Vital statistics of India. Vol. IV, Annual returns from 1871 to 1876. British Army of India, Native Army and jails of Bengal
Year: 1871
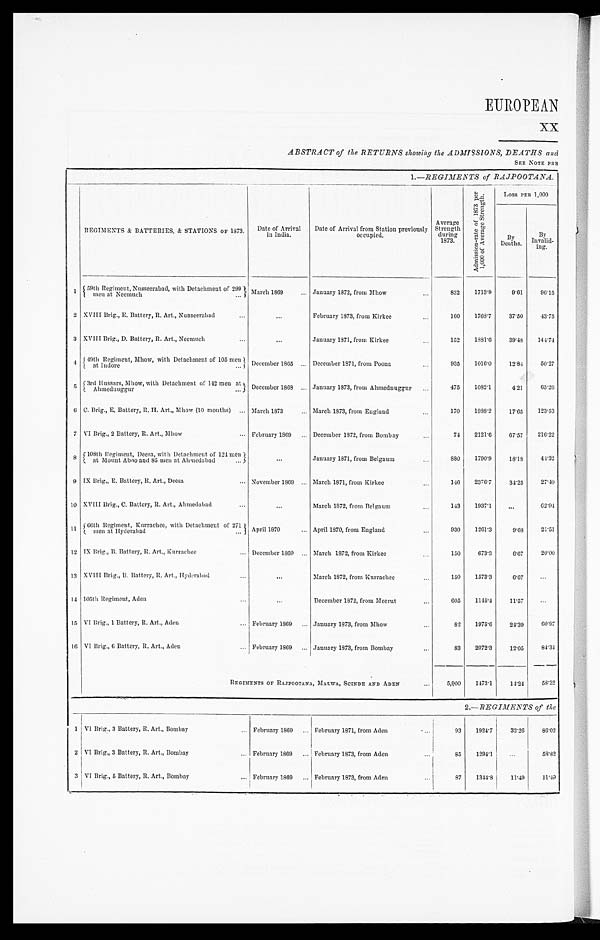
EUROPEAN XX
ABSTRACT of the RETURNS showing the ADMISSIONS, DEATHS and
SEE NOTE PRE
1.— REGIMENTS of RAJPOOTANA .
REGIMENTS & BATTERIES, & STATIONS OF 1873.
Date of Arrival
in India.
Date of Arrival from Station previously
occupied.
Average
Strength d u r i n g
1873.
A d m i s s i o n - r a t e o f 1 8 7 3 p e r 1 , 0 0 0 o f A v e r a g e S t r e n g t h .
LOSS PER 1,000
B y
Deaths.
By
Invali d - i n g .
1 59th Regiment, Nusseerabad, with Detachment of 299
m e n a t N e e m u c h . . .
March 1869 . . . January 1872, from Mhow . . .
832
1713.9
9.61
96.15
2 XVIII Brig., E. Battery , R. Art., Nusseerabad . . .
. . .
February 1873, from Kirkee . . .
160
1768.7
37.50
43.75
3 XVIII Brig., D. Battery, R. Art., Neemuch . . .
. . .
January 1871, from Kirkee . . .
152
1881.6
39.48
144.74
4 49th Regiment, Mhow, with Detachment of 105 men at Indore . . . December 1865 . . .
December 1871, from Poona . . .
935
1016.0
12.84
50.27
53rd Hussars, Mhow, with Detachment of 142 men at
Ahmednuggur . . .
December 1868 . . .
January 1873, from Ahmednuggur . . .
475
1082.1
4.21
65.26
6 C. Brig., E. Battery, R. H. Art., Mhow (10 months) . . .
March 1873 . . .
March 1873, from England . . .
170
1988.2
17.65
123.53
7 VI Brig., 2 Battery, R. Art., Mhow . . .
February 1869 . . .
December 1872, from Bombay . . .
74
2121.6
67.57
216.22
8
108th Regiment, Deesa, with Detachment of 124 men
at Mount Aboo and 85 men at Ahmedabad . . .
. . .
January 1871, from Belgaum . . .
880
1790.9
18.18
44.32
9 IX Brig., E. Battery, R. Art., Deesa . . .
November 1869 . . .
March 1871, from Kirkee . . .
1 4 6
2376.7
34.25
27.40
10 XVIII Brig., C. Battery, R. Art., Ahmedabad . . .
. . .
March 1872, from Belgaum . . .
143
1937.1
. . .
62.94
11
66th Regiment Kurrachee, with Detachment of 271 men at Hyderabad . . .
April 1870 . . .
April 1870, from England . . .
930
1261.3
9.68
21.51
12 IX Brig., B. Battery, R. Art., Kurrachee . . .
December 1869 . . .
March 1872, from Kirkee . . .
150
673.3
6.67
20.00
13 XVIII Brig., B. Battery, R. Art., Hyderabad . . .
. . .
March 1872, from Kurrachee . . .
150
1573.3
6.67
. . .
1 4 105th Regiment, Aden . . .
. . .
December 1872, from Meerut . . .
605
1145.4
11.57
. . .
15 VI Brig., 1 Battery, R. Art., Aden . . .
February 1869 . . .
January 1873, from Mhow . . .
82
1975.6
24.39
6 0 . 9 7
16 VI Brig., 6 Battery, R. Art., Aden . . .
February 1869 . . .
January 1873, from Bombay . . .
83
2072.3
12.05
84.34
REGIMENTS OF RAJPOOTANA, MALWA, SCINDE AND ADEN . . .
5,900
1473.1
14.24
58.32
2.— REGIMENTS of the
1 VI Brig., 3 Battery, R. Art., Bombay . . .
February 1869 . . . February 1871, from Aden . . .
93
1924.7
32.26
86.02
2 VI Brig., 3 Battery, R. Art., Bombay . . .
February 1869 . . . February 1873, from Aden . . .
85
1294.1
. . .
58.82
3 VI Brig., 5 Battery, R. Art,, Bombay . . . February 1869 . . . February 1873, from Aden . . .
87
1344.8
11.49
11.49